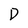
Character: D